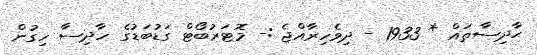
ޙާދިސާތައް * 1933 - ދިވެހިރާއްޖެ :- މޮޓަރުބޯޓް ގަޑުބަޑުގެ ހާދިސާ ހިގުން